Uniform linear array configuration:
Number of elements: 64
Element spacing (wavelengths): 0.25
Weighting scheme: binomial
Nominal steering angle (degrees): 0
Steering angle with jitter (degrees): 1.429
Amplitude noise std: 0.05
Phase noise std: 0.05

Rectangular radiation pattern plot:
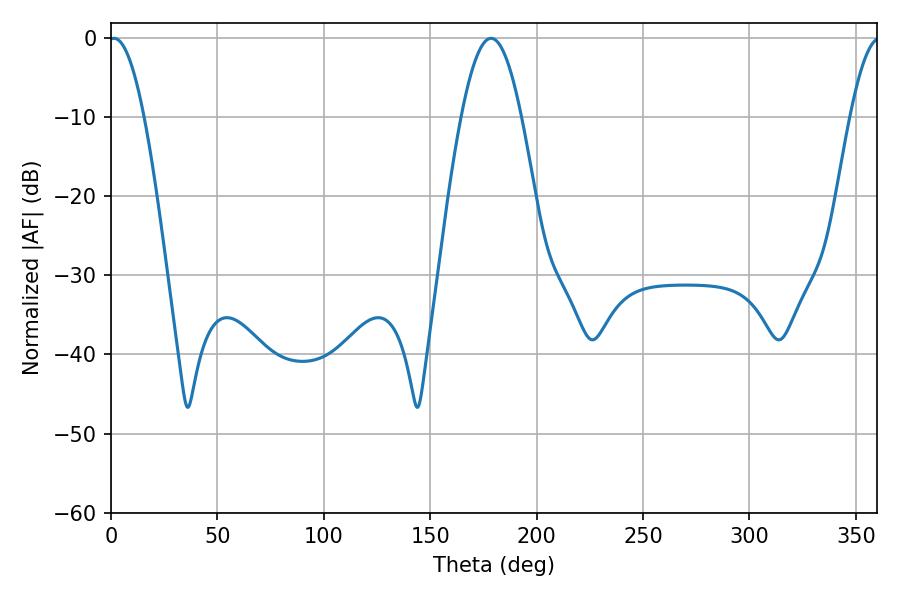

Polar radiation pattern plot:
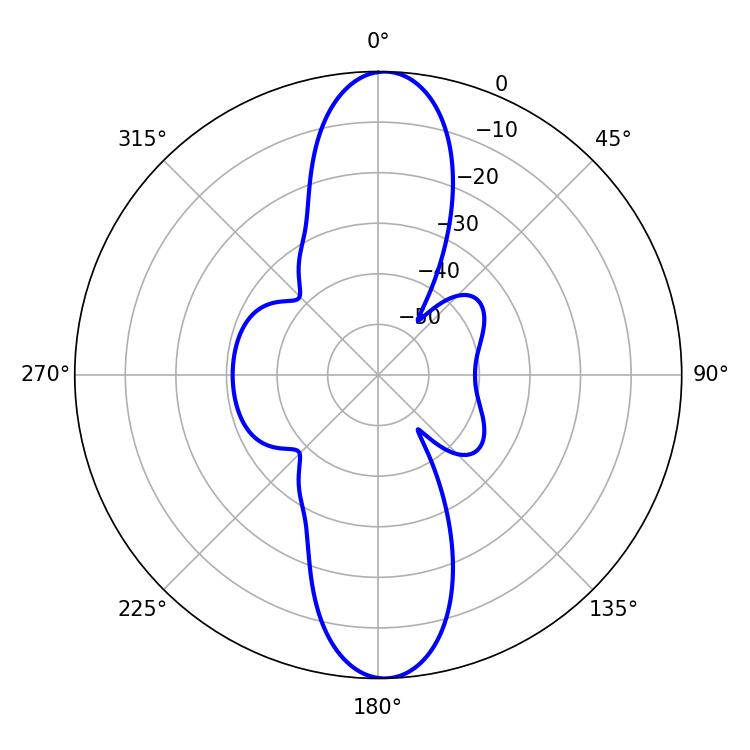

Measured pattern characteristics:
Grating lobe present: FALSE
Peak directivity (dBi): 22.007
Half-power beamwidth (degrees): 9
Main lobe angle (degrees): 1.44